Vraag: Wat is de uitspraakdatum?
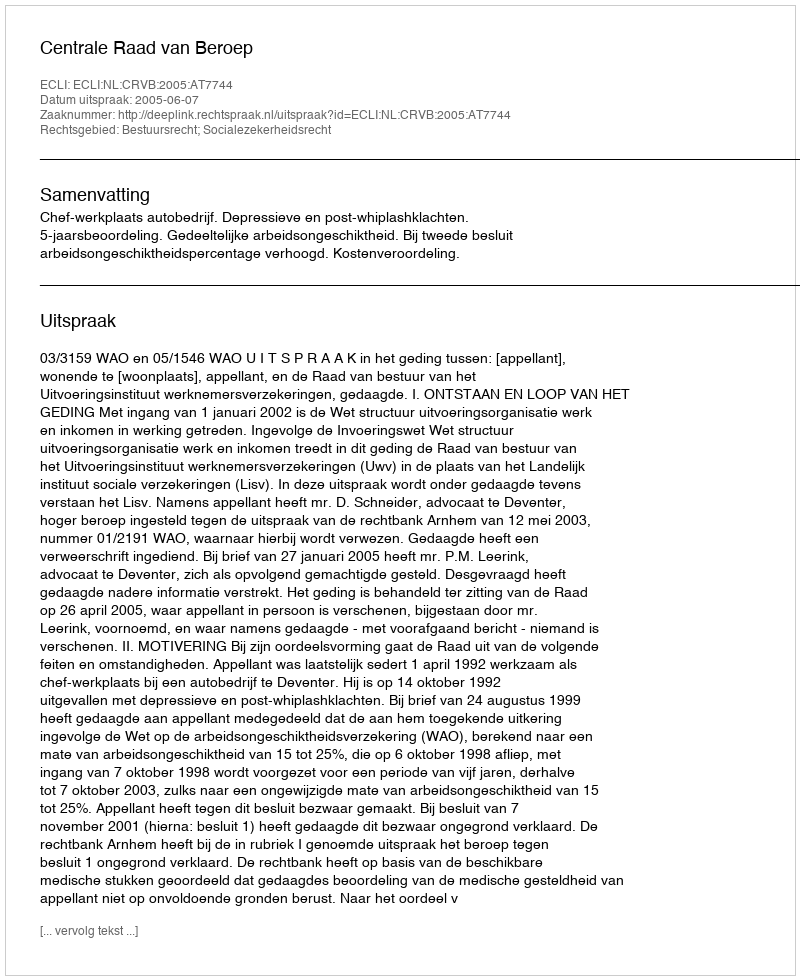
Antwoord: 2005-06-07